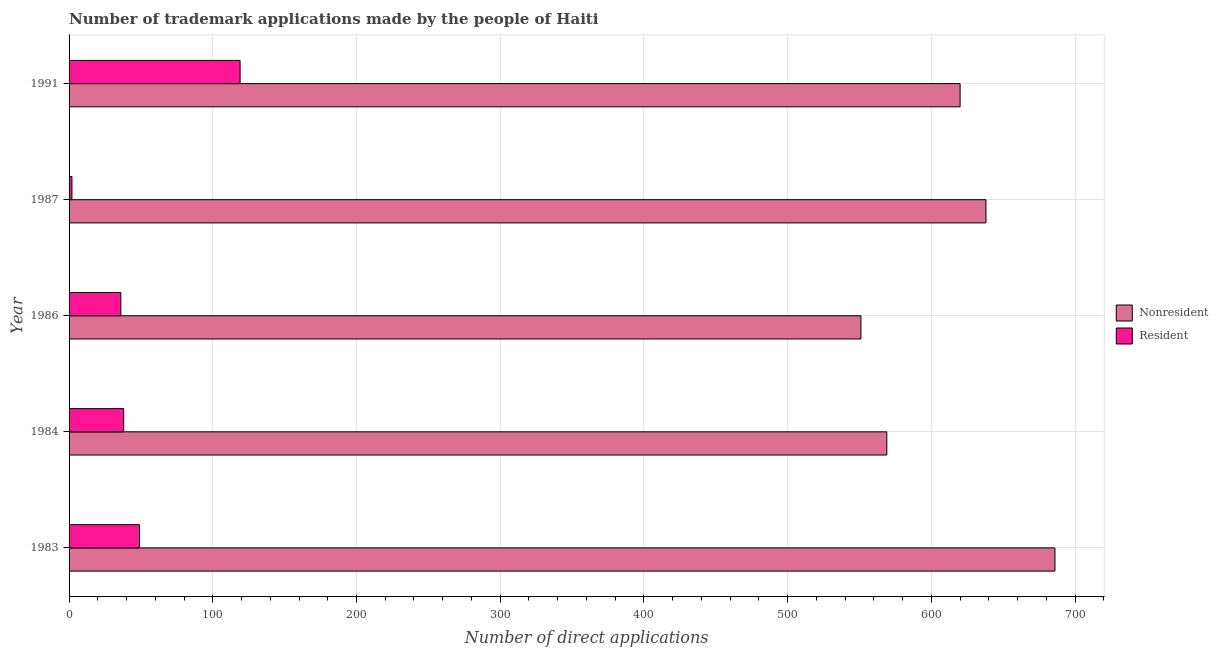
| Year | Nonresident | Resident |
 | --- | --- | --- |
 | 1983 | 686 | 49 |
 | 1984 | 569 | 38 |
 | 1986 | 551 | 36 |
 | 1987 | 638 | 2 |
 | 1991 | 620 | 119 |